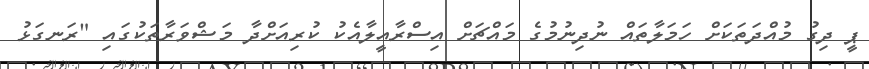
ޕީ ދިގު މުއްދަތަކަށް ހަމަލާތައް ނުދިނުމުގެ މައްޗަށް އިސްރާއީލާއެކު ކުރިއަށްދާ މަޝްވަރާތަކުގައި "ރަނގަޅު